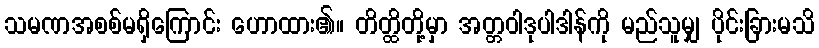
သမဏအစစ်မရှိကြောင်း ဟောထား၏။ တိတ္ထိတို့မှာ အတ္တဝါဒုပါဒါန်ကို မည်သူမျှ ပိုင်းခြားမသိ